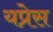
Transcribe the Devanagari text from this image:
यप्रेस